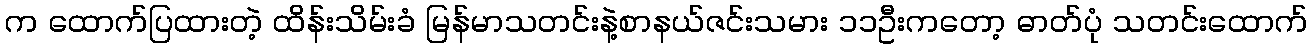
က ထောက်ပြထားတဲ့ ထိန်းသိမ်းခံ မြန်မာသတင်းနဲ့စာနယ်ဇင်းသမား ၁၁ဦးကတော့ ဓာတ်ပုံ သတင်းထောက်